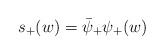
LaTeX: \begin{align*}s_+(w) = \bar \psi_+ \psi_+ (w)\end{align*}